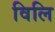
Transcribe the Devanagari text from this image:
विलि